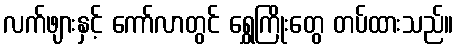
လက်ဖျားနှင့် ကော်လာတွင် ရွှေကြိုးတွေ တပ်ထားသည်။